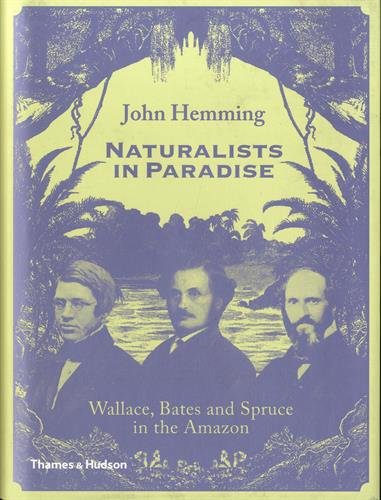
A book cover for Naturalists in Paradise: Wallace, Bates and Spruce in the Amazon; John Hemming; Science & Math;